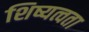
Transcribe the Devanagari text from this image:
शिष्यत्वता